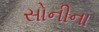
સોનીના